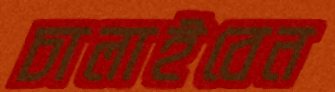
চালাইবেন